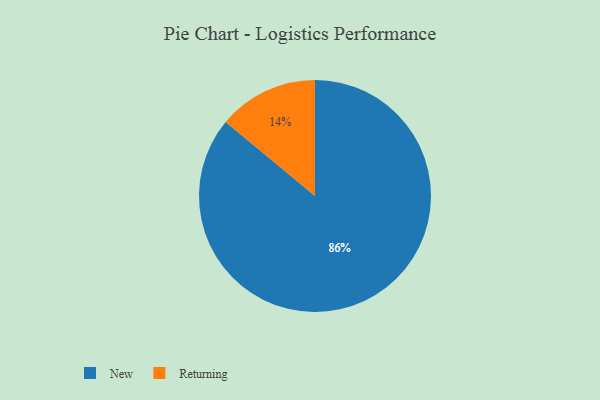
{"axis": {"x": "Category", "y": "Percentage"}, "legend": ["New", "Returning"], "data": [{"x": "Returning", "y": 14, "type": "Returning"}, {"x": "New", "y": 86, "type": "New"}]}